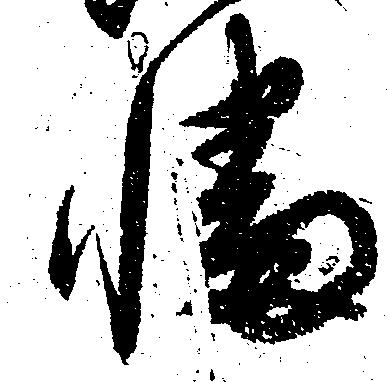
幡